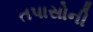
તપાસોની